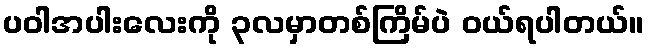
ပဝါအပါးလေးကို ၃လမှာတစ်ကြိမ်ပဲ ဝယ်ရပါတယ်။